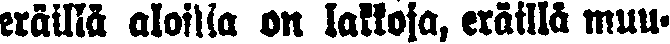
eräillä aloilla on lakkoja, eräillä muu-